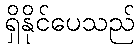
ရှိနိုင်ပေသည်